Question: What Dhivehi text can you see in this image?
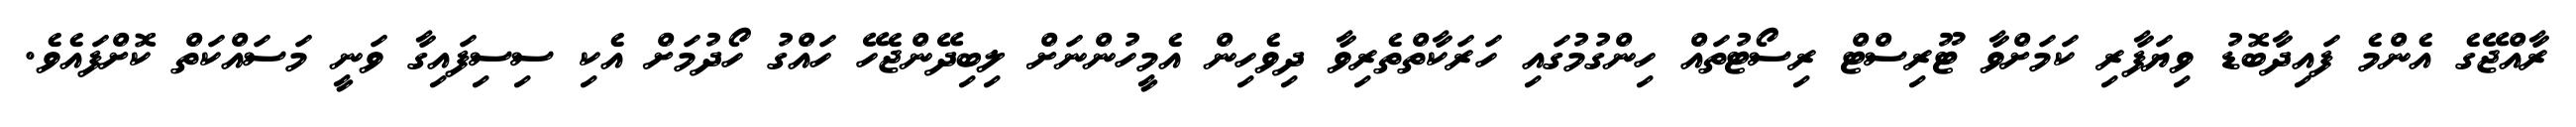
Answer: ރާއްޖޭގެ އެންމެ ފައިދާބޮޑު ވިޔަފާރި ކަމަށްވާ ޓޫރިސްޓް ރިސޯޓުތައް ހިންގުމުގައި ހަރަކާތްތެރިވާ ދިވެހިން އެމީހުންނަށް ލިބިދޭންޖެހޭ ހައްގު ހޯދުމަށް އެކި ސިސިފައިގާ ވަނީ މަސައްކަތް ކޮށްފައެވެ.